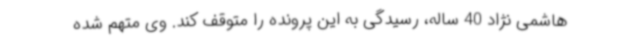
هاشمی نژاد 40 ساله، رسیدگی به این پرونده را متوقف کند. وی متهم شده